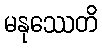
မနုဿေတိ